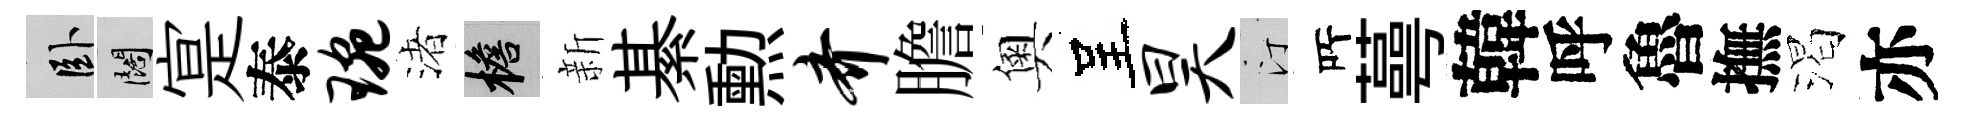
卧闊寔泰琬渚檐新綦勲齐膽奧呈昊汀𠩄蕚韓呼魯撫渴亦